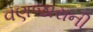
વણજારાની